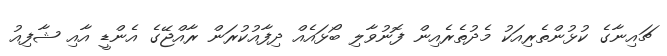
ޗައިނާގެ ކުޅުންތެރިއަކު މެދުތެރެއިން ފޮނުވާލި ބޯޅައެއް ދިފާއުކުރަން ރާއްޖޭގެ އެންޑީ އާއި ޝާފިއު